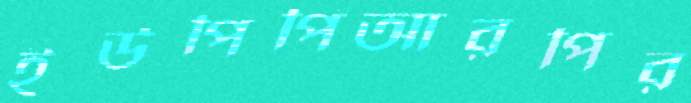
ইউপিপিআরপির